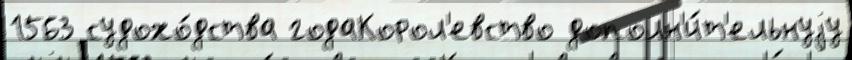
1563 судохо́дства годаКорол'евство дополн'и́т'ельнуjу